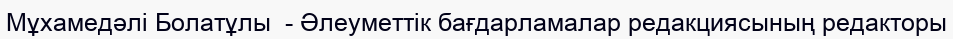
Мұхамедәлі Болатұлы  - Әлеуметтік бағдарламалар редакциясының редакторы